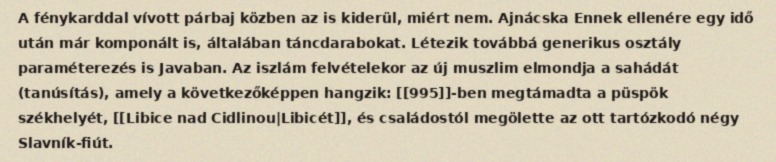
A fénykarddal vívott párbaj közben az is kiderül, miért nem. Ajnácska Ennek ellenére egy idő után már komponált is, általában táncdarabokat. Létezik továbbá generikus osztály paraméterezés is Javaban. Az iszlám felvételekor az új muszlim elmondja a sahádát (tanúsítás), amely a következőképpen hangzik: [[995]]-ben megtámadta a püspök székhelyét, [[Libice nad Cidlinou|Libicét]], és családostól megölette az ott tartózkodó négy Slavník-fiút.